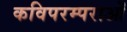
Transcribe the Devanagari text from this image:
कविपरम्पराओं